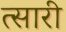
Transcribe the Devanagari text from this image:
त्सारी